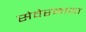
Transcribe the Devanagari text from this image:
सेवेरनाया